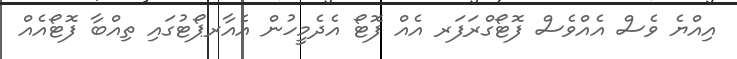
އިއްޔެ ވެސް އެއްވެސް ފޮޓޯގްރަފަރ އެއް ފޮޓޯ އެދެމީހުން އެއާރޕޯޓުގައި ތިއްބާ ފޮޓޯއެއް